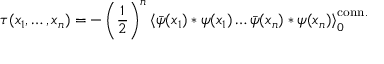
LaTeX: \tau ( x _ { 1 } , \ldots , x _ { n } ) = - \left( \frac { 1 } { 2 } \right) ^ { n } \left< \bar { \psi } ( x _ { 1 } ) * \psi ( x _ { 1 } ) \ldots \bar { \psi } ( x _ { n } ) * \psi ( x _ { n } ) \right> _ { 0 } ^ { \mathrm { c o n n . } }